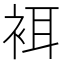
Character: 𧙫